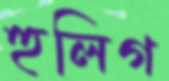
হুলিগ